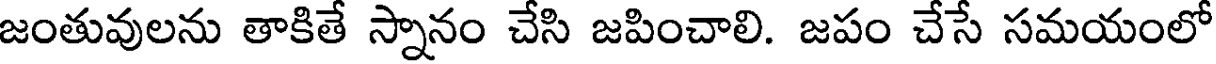
జంతువులను తాకితే స్నానం చేసి జపించాలి. జపం చేసే సమయంలో